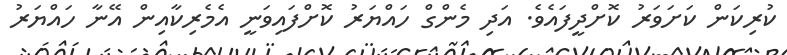
ކުރިކަން ކަށަވަރު ކޮށްދީފައެވެ. އަދި މެންގް ހައްޔަރު ކޮށްފައިވަނީ އެމެރިކާއިން އޭނާ ހައްޔަރު